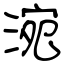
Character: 涴